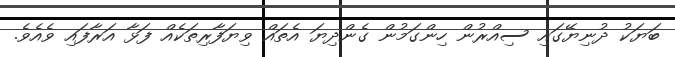
ބަޔަކު ދުނިޔޭގައި ސިއްރުން ހިންގަމުން ގެންދިޔަ އެތައް ވިޔަފާރިތަކެއް ފަޅާ އަރާފައި ވެއެވެ.